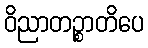
ဝိညာတဉ္စာတိပေ